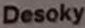
Desoky